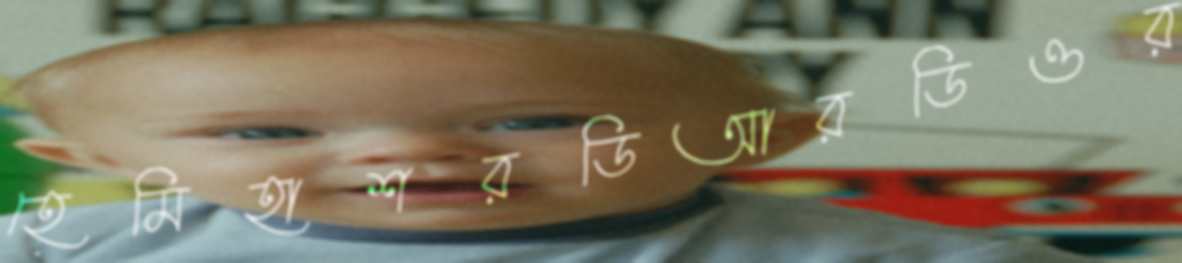
হেমিহাশরডিআরডিওর